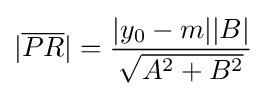
|{\overline {PR}}|={\frac {|y_{0}-m||B|}{\sqrt {A^{2}+B^{2}}}}